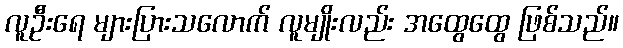
လူဦးရေ များပြားသလောက် လူမျိုးလည်း အထွေထွေ ဖြစ်သည်။